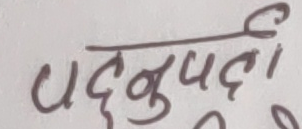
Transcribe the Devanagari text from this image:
पद्नुपर्लई